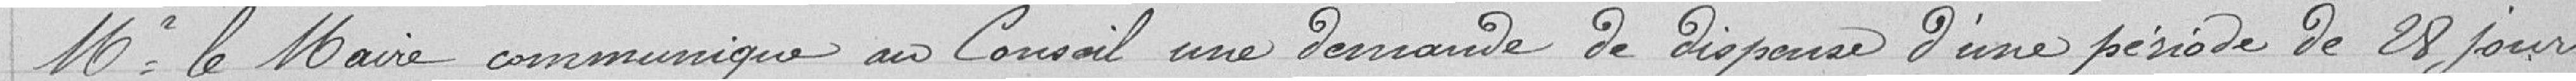
Monsieur le Maire communique au Conseil une demande de dispense d'une période de 28 jours